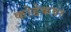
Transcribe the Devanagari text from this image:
कोडेकवर